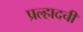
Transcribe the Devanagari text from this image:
प्रल्हादची